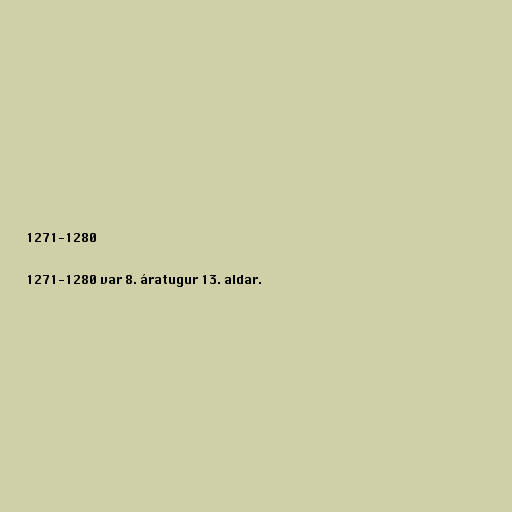
1271-1280

1271-1280 var 8. áratugur 13. aldar.